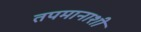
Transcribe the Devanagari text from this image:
तपमानाशी